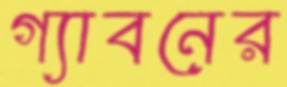
গ্যাবনের